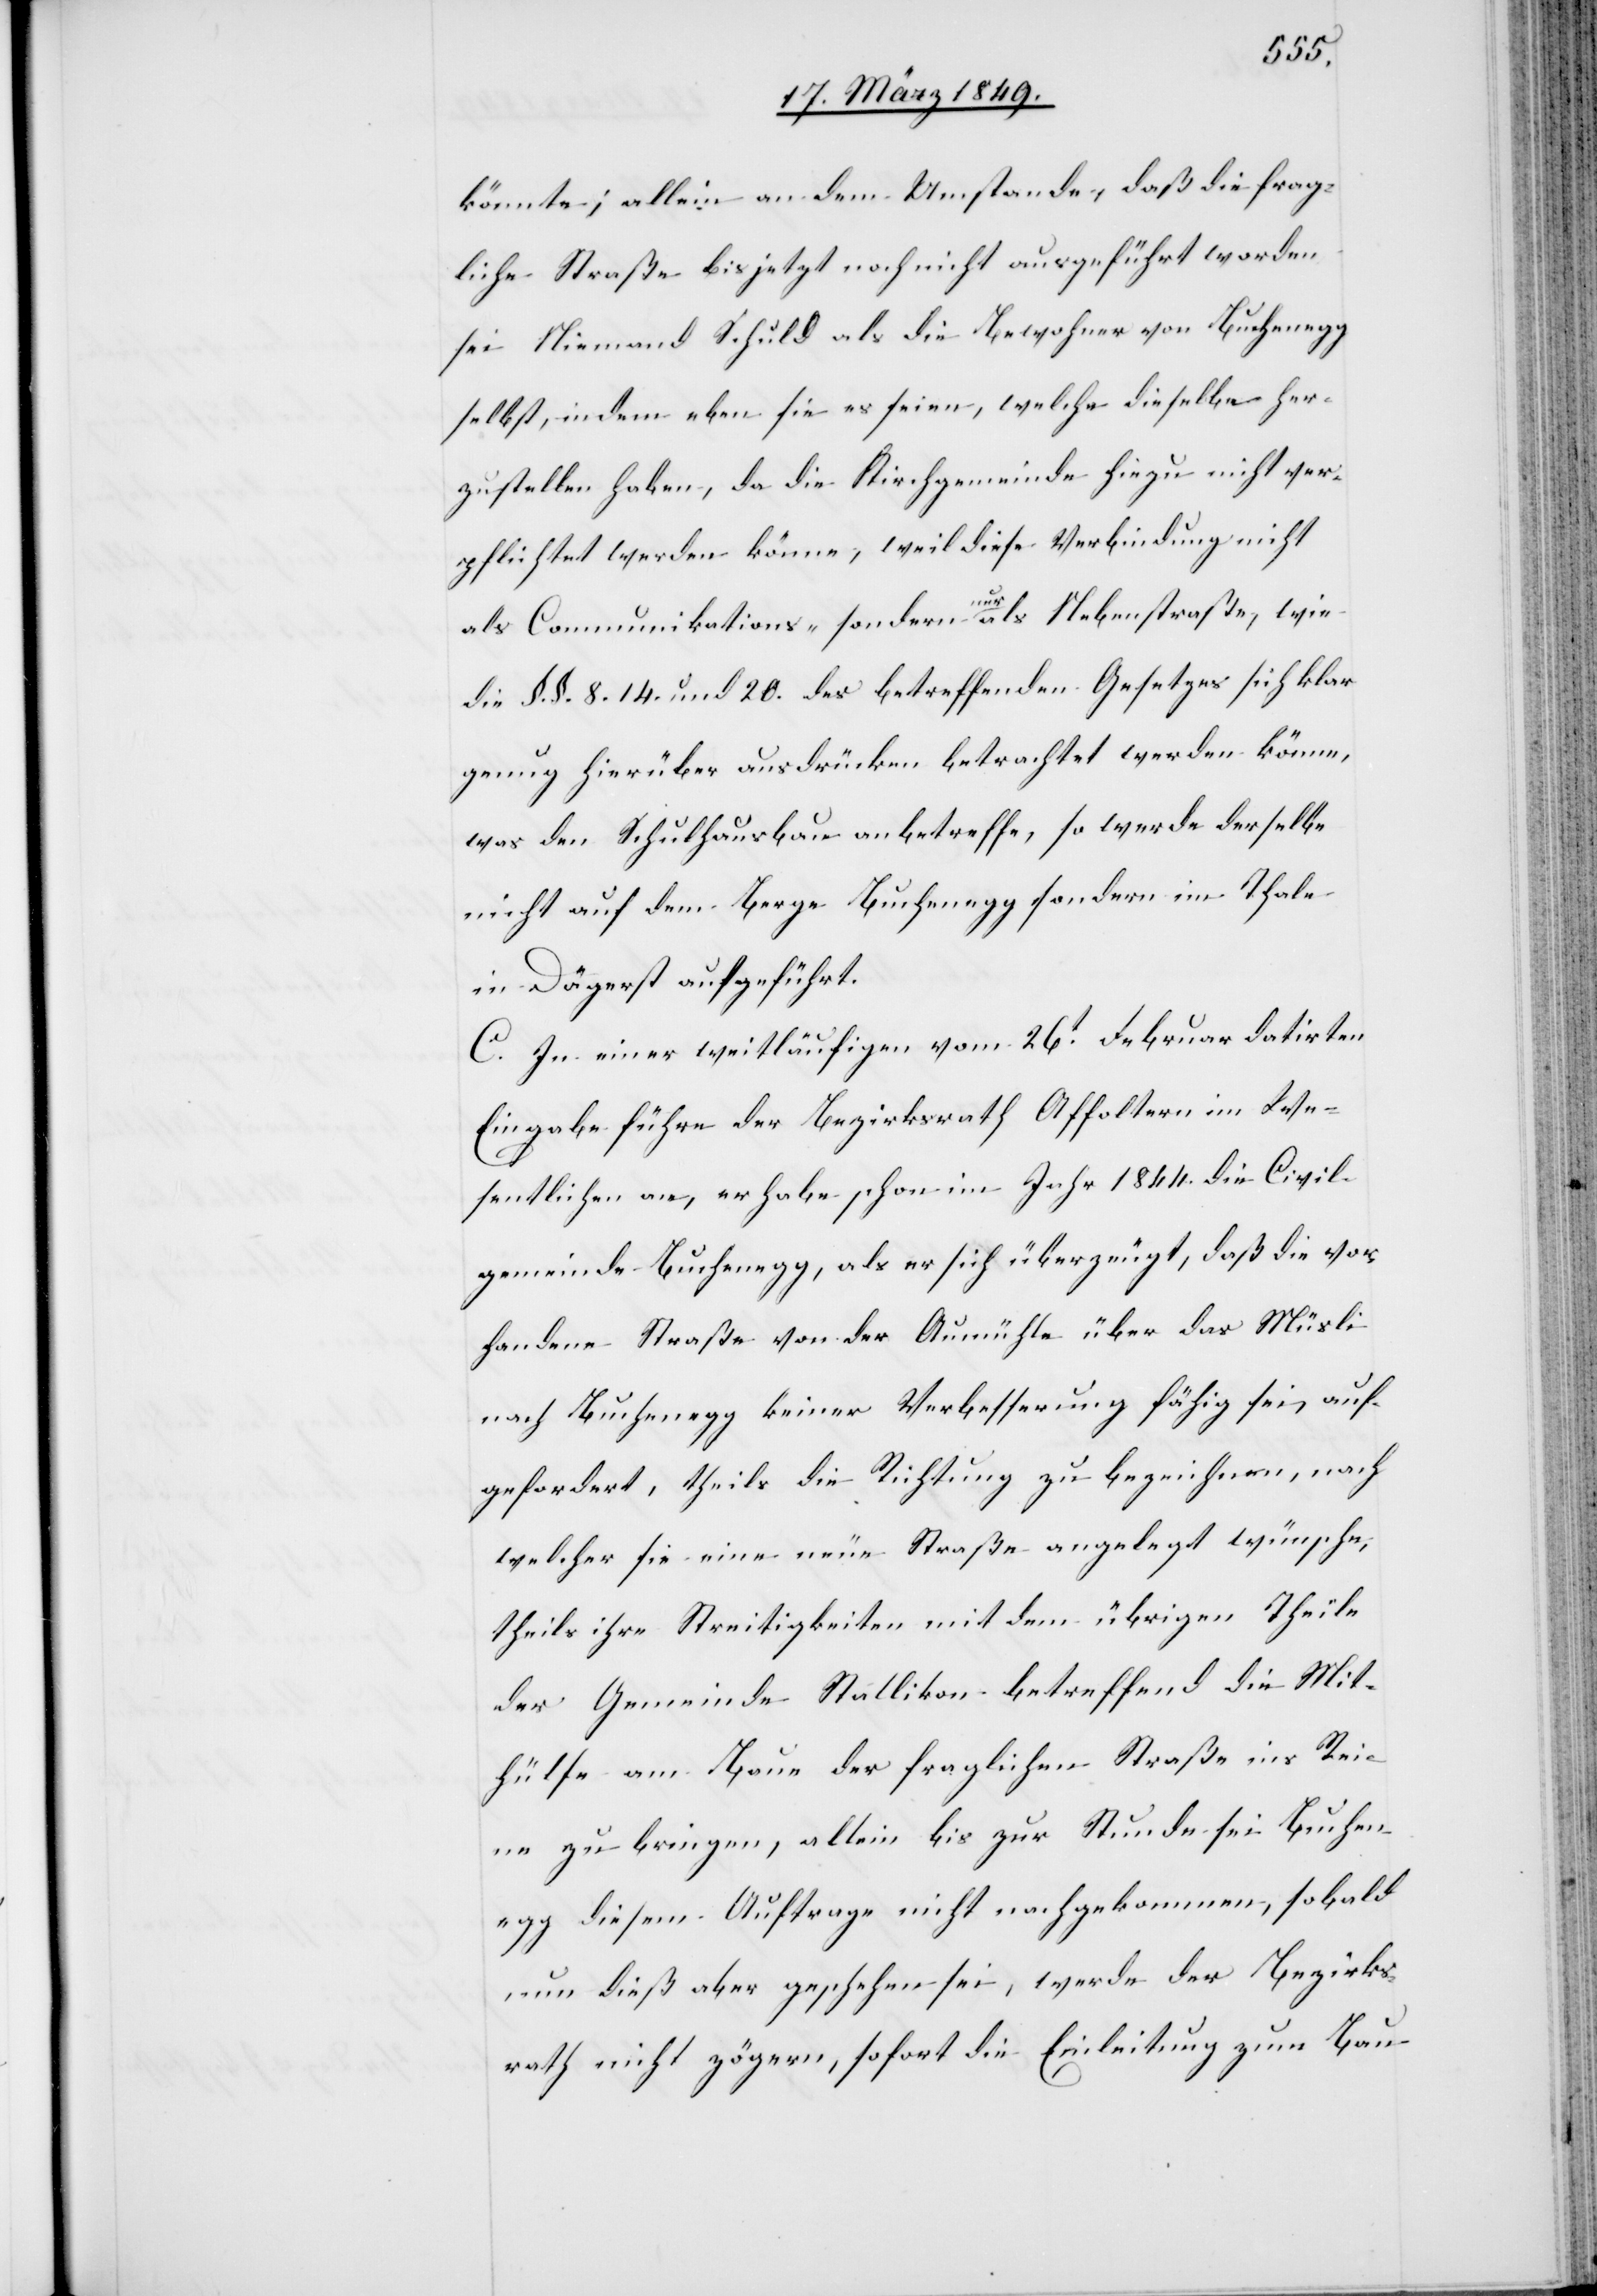
könnte; allein an dem Umstande, daß die frag¬
liche Straße bis jetzt noch nicht ausgeführt worden
sei Niemand Schuld als die Bewohner von Buchenegg
selbst, indem eben sie es seien, welche dieselbe her¬
zustellen haben, da die Kirchgemeinde hiezu nicht ver¬
pflichtet werden könne, weil diese Verbindung nicht
als Communikations- sondern nur als Nebenstraße, wie
die §. §. 8. 14. und 20. des betreffenden Gesetzes sich klar
genug hierüber ausdrücken betrachtet werden könne,
was den Schulhausbau anbetreffe, so werde derselbe
nicht auf dem Berge Buchenegg sondern im Thale
in Dägerst aufgeführt.
C. In einer weitläufigen vom 26t. Februar datirten
Eingabe führe der Bezirksrath Affoltern im We¬
sentlichen an, er habe schon im Jahr 1844. die Civil¬
gemeinde Buchenegg, als er sich überzeugt, daß die vor¬
handene Straße von der Aumühle über das Müsli
nach Buchenegg keiner Verbesserung fähig sei, auf¬
gefordert, theils die Richtung zu bezeichnen, nach
welcher sie eine neue Straße angelegt wünsche,
theils ihre Streitigkeiten mit dem übrigen Theile
der Gemeinde Stallikon betreffend die Mit¬
hülfe am Baue der fraglichen Straße ins Rei¬
ne zu bringen, allein bis zur Stunde sei Buchen¬
egg diesem Auftrage nicht nachgekommen, so bald
nun dieß aber geschehen sei, werde der Bezirks¬
rath nicht zögern, sofort die Einleitung zum Bau